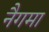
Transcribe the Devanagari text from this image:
नैगमा